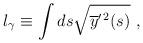
LaTeX: \begin{align*}l_\gamma\equiv \int ds\sqrt{\overline y^{\prime\,2}(s)}\ ,\end{align*}